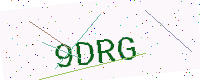
Text: 9DRG